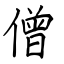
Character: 僧